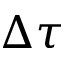
\Delta \tau